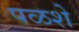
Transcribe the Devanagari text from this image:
पळशे